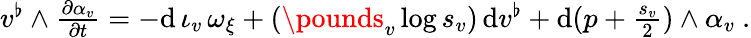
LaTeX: \begin{array}{r}{v^{\flat}\wedge\frac{\partial\alpha_{v}}{\partial t}=-\mathrm{d}\, \iota_{v}\, \omega_{\xi}+(\pounds_{v}\log s_{v})\, \mathrm{d}v^{\flat}+\mathrm{d}(p+\frac{s_{v}}{2})\wedge\alpha_{v}\ .}\end{array}